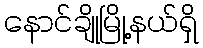
နောင်ချိုမြို့နယ်ရှိ